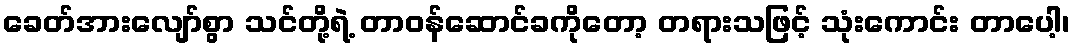
ခေတ်အားလျော်စွာ သင်တို့ရဲ့ တာဝန်ဆောင်ခကိုတော့ တရားသဖြင့် သုံးကောင်း တာပေါ့၊